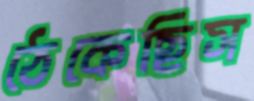
ঠেকেছিস